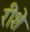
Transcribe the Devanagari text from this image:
रीशे